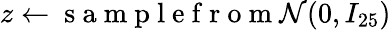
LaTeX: z\gets\mathrm{~s~a~m~p~l~e~f~r~o~m~}{\cal N}(0,I_{25})